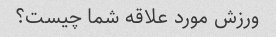
ورزش مورد علاقه شما چیست؟